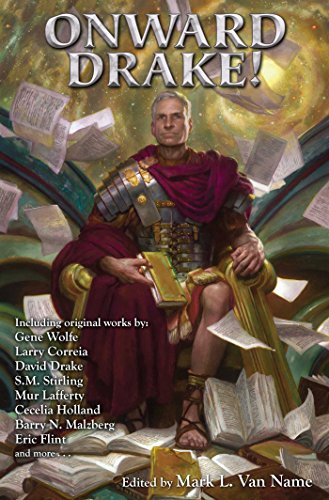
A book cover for Onward, Drake!; Science Fiction & Fantasy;